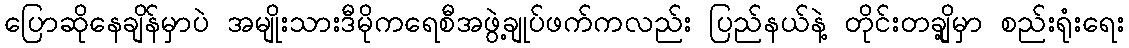
ပြောဆိုနေချိန်မှာပဲ အမျိုးသားဒီမိုကရေစီအဖွဲ့ချုပ်ဖက်ကလည်း ပြည်နယ်နဲ့ တိုင်းတချို့မှာ စည်းရုံးရေး